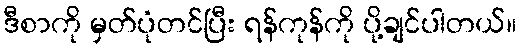
ဒီစာကို မှတ်ပုံတင်ပြီး ရန်ကုန်ကို ပို့ချင်ပါတယ်။